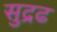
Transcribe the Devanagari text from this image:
सुद्रढ